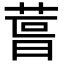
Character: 𮏪